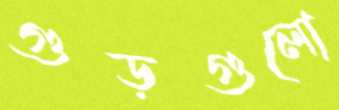
গুড়গুলো